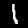
Label: 1